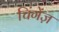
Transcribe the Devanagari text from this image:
चिंगेंज़